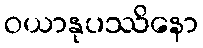
ဝယာနုပဿိနော